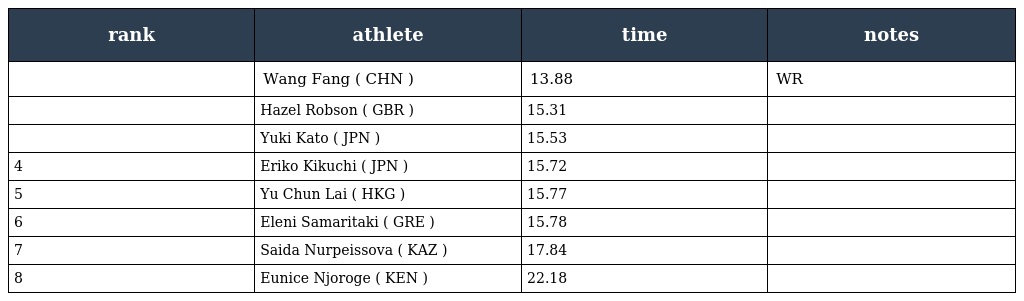
| rank | athlete | time | notes |
 | --- | --- | --- | --- |
 |  | Wang Fang ( CHN ) | 13.88 | WR |
 |  | Hazel Robson ( GBR ) | 15.31 |  |
 |  | Yuki Kato ( JPN ) | 15.53 |  |
 | 4 | Eriko Kikuchi ( JPN ) | 15.72 |  |
 | 5 | Yu Chun Lai ( HKG ) | 15.77 |  |
 | 6 | Eleni Samaritaki ( GRE ) | 15.78 |  |
 | 7 | Saida Nurpeissova ( KAZ ) | 17.84 |  |
 | 8 | Eunice Njoroge ( KEN ) | 22.18 |  |